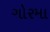
ગોરમા